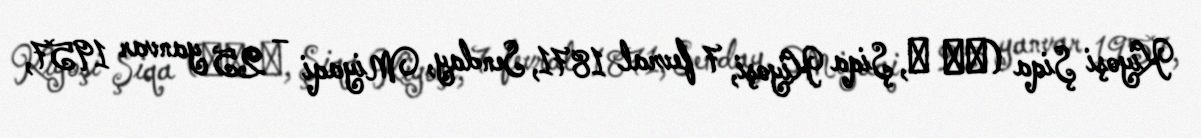
Kiyoşi Şiqa (志賀 潔, Şiqa Kiyoşi, 7 fevral 1871, Senday, Miyaqi – 25 yanvar 1957,